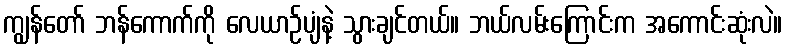
ကျွန်တော် ဘန်ကောက်ကို လေယာဉ်ပျံနဲ့ သွားချင်တယ်။ ဘယ်လမ်းကြောင်းက အကောင်းဆုံးလဲ။